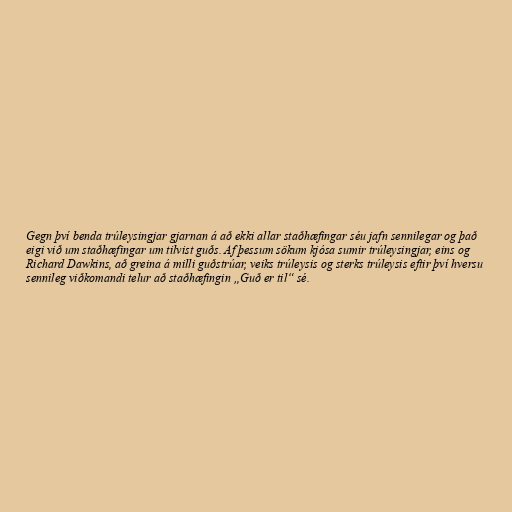
Gegn því benda trúleysingjar gjarnan á að ekki allar staðhæfingar séu jafn sennilegar og það
eigi við um staðhæfingar um tilvist guðs. Af þessum sökum kjósa sumir trúleysingjar, eins og
Richard Dawkins, að greina á milli guðstrúar, veiks trúleysis og sterks trúleysis eftir því hversu
sennileg viðkomandi telur að staðhæfingin „Guð er til“ sé.